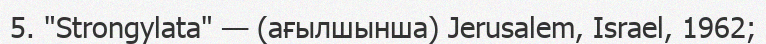
5. "Strongylata" — (ағылшынша) Jerusalem, Israel, 1962;